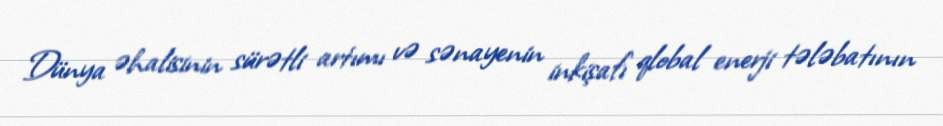
Dünya əhalisinin sürətli artımı və sənayenin inkişafı qlobal enerji tələbatının